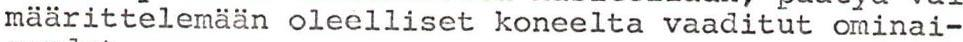
määrittelemään oleelliset koneelta vaaditut ominai-